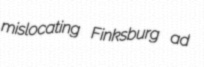
mislocating Finksburg ad